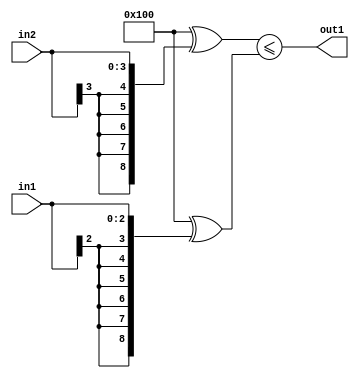
`timescale 1ps / 1ps
/*****************************************************************************
    Verilog RTL Description
    
    
    Created by: CellMath Designer 2019.1.01 
*******************************************************************************/

module DFT_compute_LessThanEQ_4Sx3S_1U_4 (
	in2,
	in1,
	out1
	); /* architecture "behavioural" */ 
input [3:0] in2;
input [2:0] in1;
output  out1;
wire  asc001;

assign asc001 = ((9'B100000000 ^ {{5{in2[3]}}, in2})<=(9'B100000000 ^ {{6{in1[2]}}, in1}));

assign out1 = asc001;
endmodule

/* CADENCE  ubjwTA0= : u9/ySgnWtBlWxVPRXgAZ4Og= ** DO NOT EDIT THIS LINE ******/